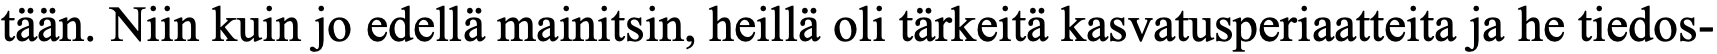
tään. Niin kuin jo edellä mainitsin, heillä oli tärkeitä kasvatusperiaatteita ja he tiedos-